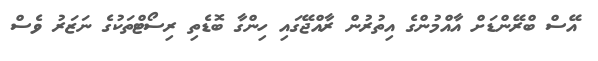
އޭސް ބްރޭންޑަށް އާއްމުންގެ އިތުރުން ރާއްޖޭގައި ހިންގާ ބޮޑެތި ރިސޯޓްތަކުގެ ނަޒަރު ވެސް